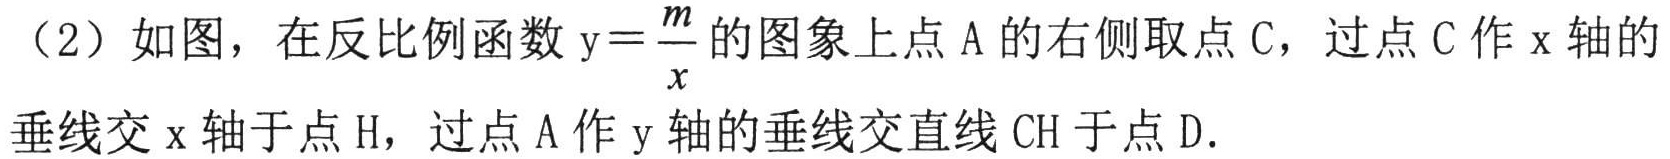
（2）如图，在反比例函数\(y = \frac{m}{x}\)的图象上点\(A\)的右侧取点\(C\)，过点\(C\)作\(x\)轴的垂线交\(x\)轴于点\(H\)，过点\(A\)作\(y\)轴的垂线交直线\(CH\)于点\(D\).